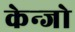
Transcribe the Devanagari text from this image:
केन्जो